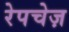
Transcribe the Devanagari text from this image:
रेपचेज़